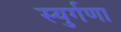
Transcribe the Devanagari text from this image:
स्युर्गणा